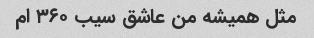
مثل همیشه من عاشق سیب ۳۶۰ ام